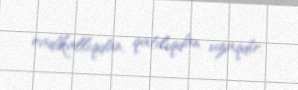
radikallıqdan, qatılıqdan uzaqdır.